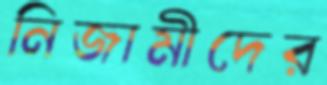
নিজামীদের